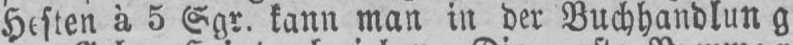
Heften à 5 Sgr. kann man in der Buchhandlung